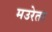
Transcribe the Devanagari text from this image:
मउरेता